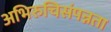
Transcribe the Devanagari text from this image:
अभिरुचिसंपन्नता